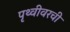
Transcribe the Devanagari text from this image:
पृथ्वीवरची